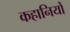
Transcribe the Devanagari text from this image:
कहानियोँ